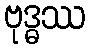
ဗုဒ္ဓဿ